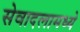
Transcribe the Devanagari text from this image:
सेवादलामध्ये